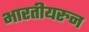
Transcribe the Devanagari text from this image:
भारतीयरुन